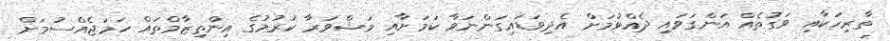
ތާރިހަކާއި ވަގުތެއް އަންގަވައި ދެއްވުމަށް އެދިވަޑައިގަންނަވާ ކަމަށާއި މަޝްވަރާ ކުރުމުގެ އިންތިޒާމްތައް ހަމަޖެއްސުމަށް